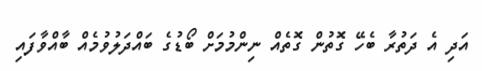
އަދި އެ ދަތުރާ ބެހޭ ގޮތުން ގޮތެއް ނިންމުމަށް ބޯޑުގެ ބައްދަލުވުމެއް ބާއްވާފައި